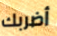
أضربك